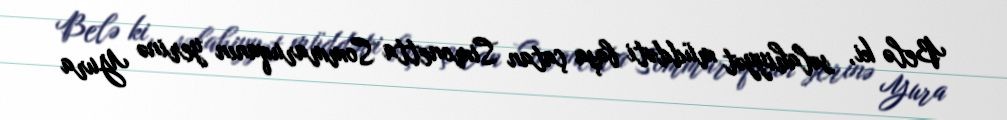
Belə ki, səlahiyyət müddəti başa çatan Simonetta Sommaruqanın yerinə Yura